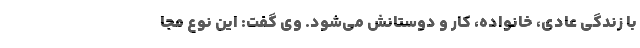
با زندگی عادی، خانواده، کار و دوستانش می‌شود. وی گفت: این نوع مجا